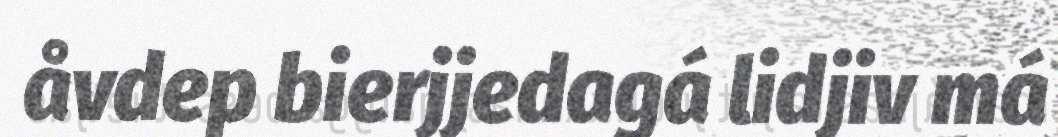
åvdep bierjjedagá lidjiv má